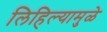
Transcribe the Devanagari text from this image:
लिहिल्यामुळे